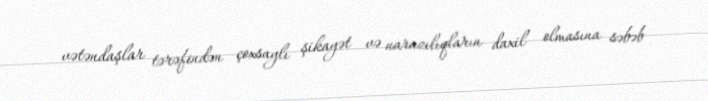
vətəndaşlar tərəfindən çoxsaylı şikayət və narazılıqların daxil olmasına səbəb